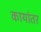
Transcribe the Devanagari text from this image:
कायांतर